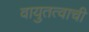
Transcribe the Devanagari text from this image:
वायुतत्वाची